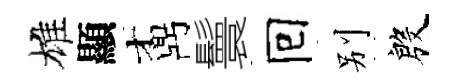
雄顯鼒鬟囘别殷